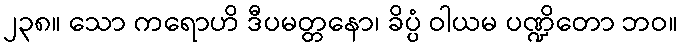
၂၃၈။ သော ကရောဟိ ဒီပမတ္တနော၊ ခိပ္ပံ ဝါယမ ပဏ္ဍိတော ဘဝ။